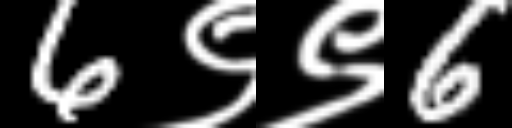
Text: 6९९6